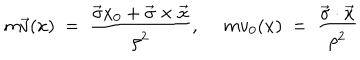
m \vec { v } ( x ) ~ = ~ \frac { \vec { \sigma } x _ { 0 } + \vec { \sigma } \times \vec { x } } { \rho ^ { 2 } } , ~ ~ m v _ { 0 } ( x ) ~ = ~ \frac { \vec { \sigma } \cdot \vec { x } } { \rho ^ { 2 } }